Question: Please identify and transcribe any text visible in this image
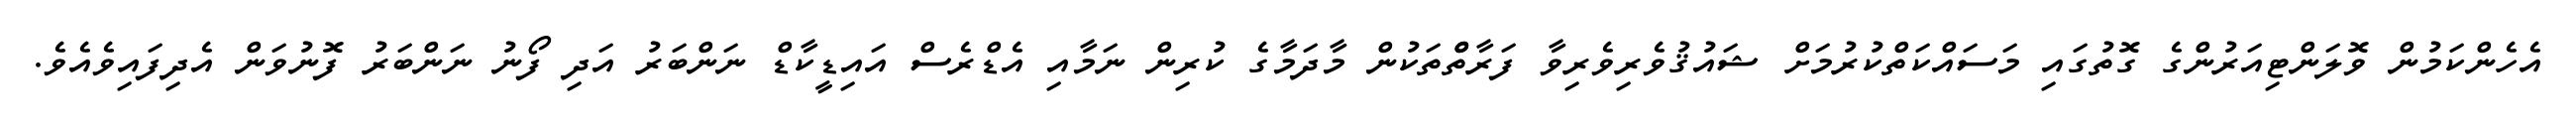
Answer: އެހެންކަމުން ވޮލަންޓިއަރުންގެ ގޮތުގައި މަސައްކަތްކުރުމަށް ޝައުޤުވެރިވެރިވާ ފަރާތްްތަކުން މާދަމާގެ ކުރިން ނަމާއި އެޑްރެސް އައިޑީކާޑް ނަންބަރު އަދި ފޯނު ނަންބަރު ފޮނުވަން އެދިފައިވެއެވެ.